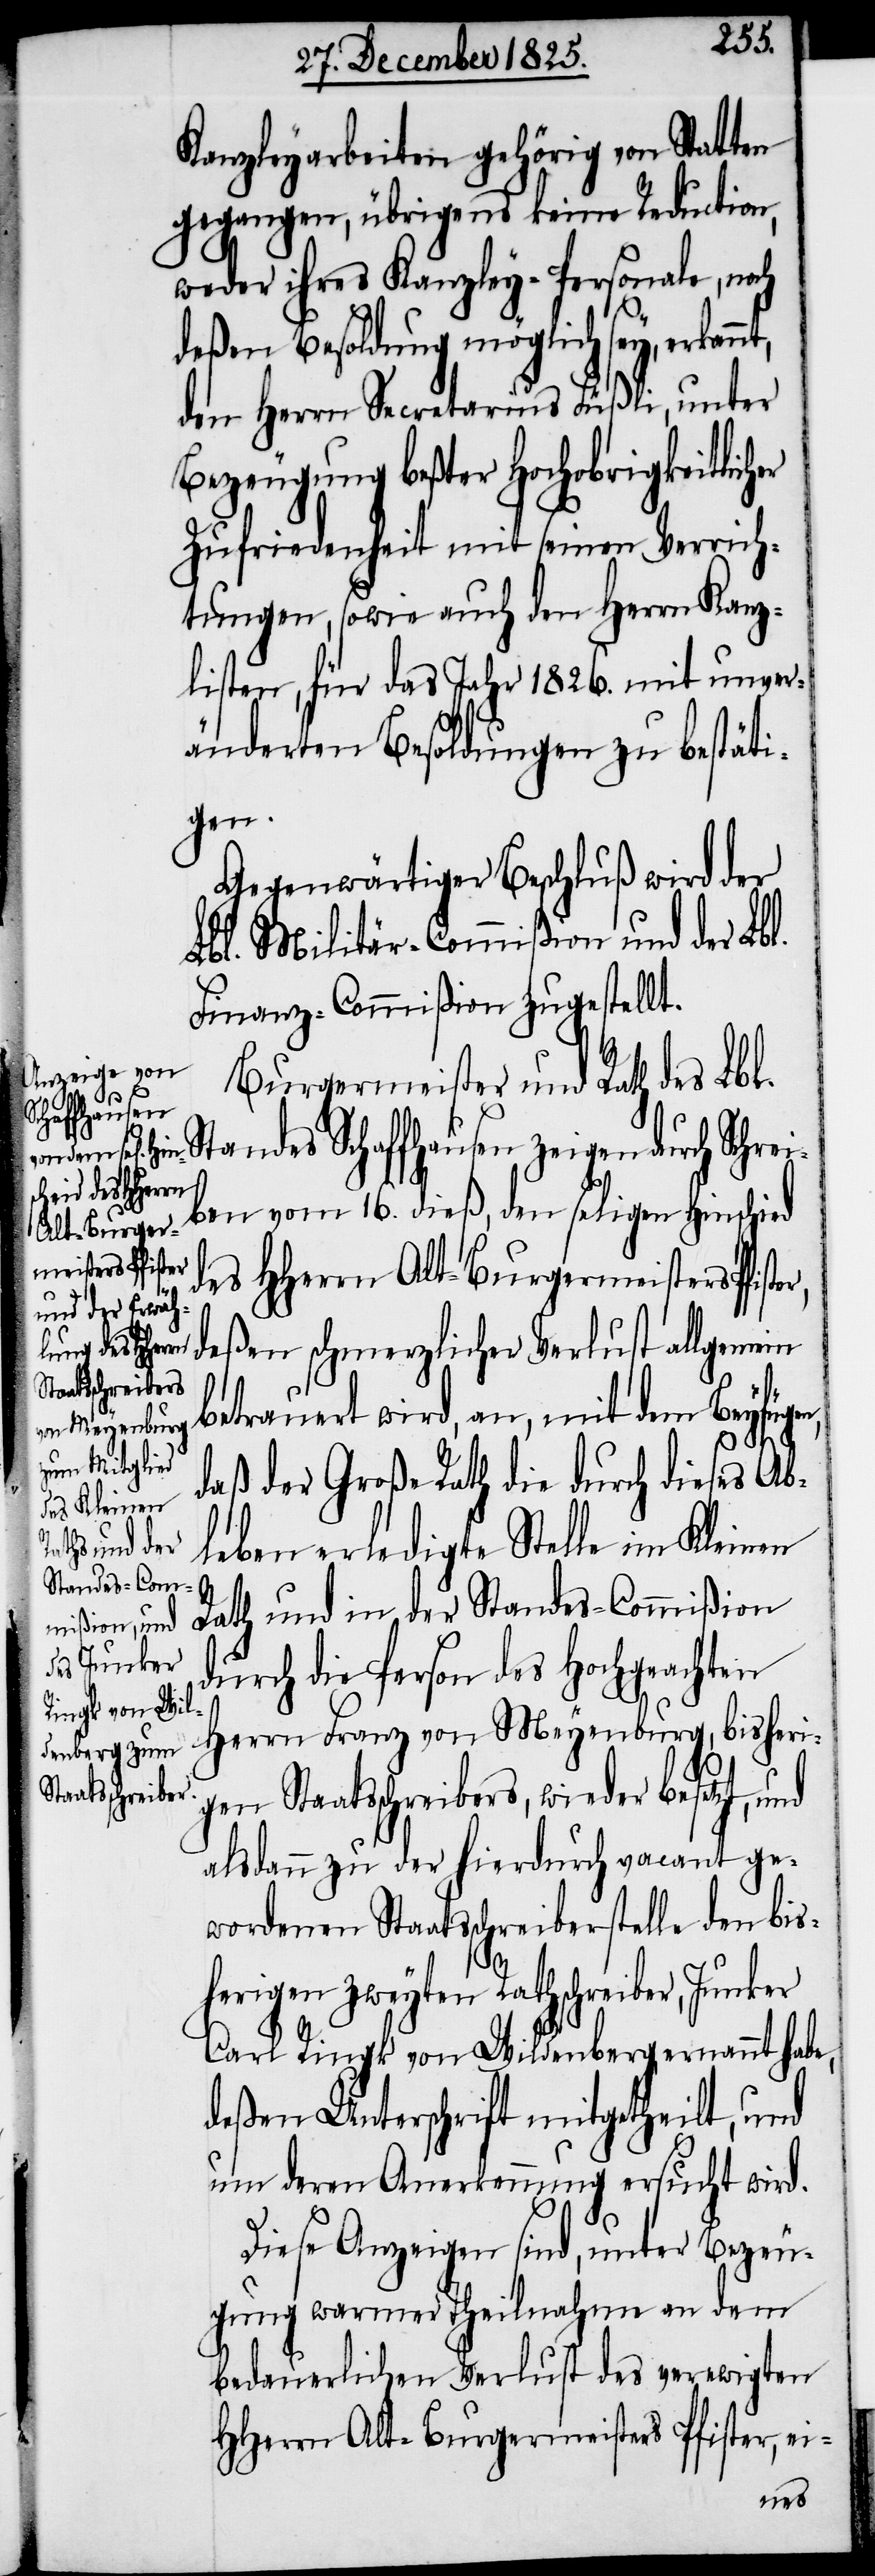
Kanzleyarbeiten gehörig von Statten
gegangen, übrigens keine Reduction,
weder ihres Kanzley-Personale, noch
deßen Besoldung möglich sey, erkan¬
den Herrn Secretarius Füßli, unter
Bezeugung beßter Hochobrigkeitlicher
Zufriedenheit mit seinen Verrich¬
tungen, sowie auch den Herrn Kanz¬
listen, für das Jahr 1826. mit unver¬
änderten Besoldungen zu bestäti¬
gen,
Gegenwärtiger Beschluß wird der
Lbl. Militär-Commißion und der Lbl.
Finanz-Commißion zugestellt.
Burgermeister und Rath des Lbl.
Standes Schaffhausen zeigen durch Schrei¬
ben vom 16. dieß, den seligen Hinschied
deßen schmerzlicher Verlust allgemein
betrauert wird, an, mit dem Beyfü¬
daß der Große Rath die durch dieses Ab¬
leben erledigte Stelle im Kleinen
Rath und in der Standes-Commißion
durch die Person des Hochgeachten
Herrn Franz von Meyenburg, bisheri¬
gen Staatsschreibers, wieder besetzt,
alsdann zu der hierdurch vacant ge¬
wordenen Staatsschreiberstelle den bis¬
herigen zweyten Rathschreiber, Junker
Carl Ringk von Wildenberg ernannt habe,
deßen Unterschrift mitgetheilt, und
um deren Anerkennung ersucht wird.
Diese Anzeigen sind, unter Bezeu¬
gung warmer Theilnahme an dem
bedauerlichen Verlust des verewigten
HHerrn Alt-Burgermeister Pfister, ei-
des